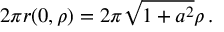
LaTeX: \textstyle 2 \pi r ( 0 , \rho ) = 2 \pi { \sqrt { 1 + a ^ { 2 } } } \rho \, .